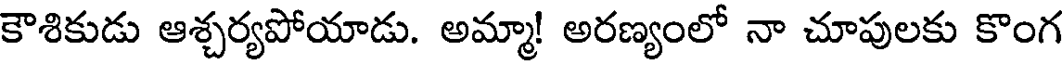
కౌశికుడు ఆశ్చర్యపోయాడు. అమ్మా! అరణ్యంలో నా చూపులకు కొంగ